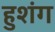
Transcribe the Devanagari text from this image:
हुशंग